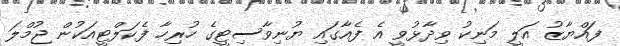
ފައްޔާޒު އަލީ މަނިކު ވިދާޅުވީ އެ ފެއާގައި ޔުނިވާސިޓީގެ ހުރިހާ ފެކަލްޓީއަކުން ޖުމްލަ